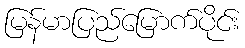
မြန်မာပြည်မြောက်ပိုင်း